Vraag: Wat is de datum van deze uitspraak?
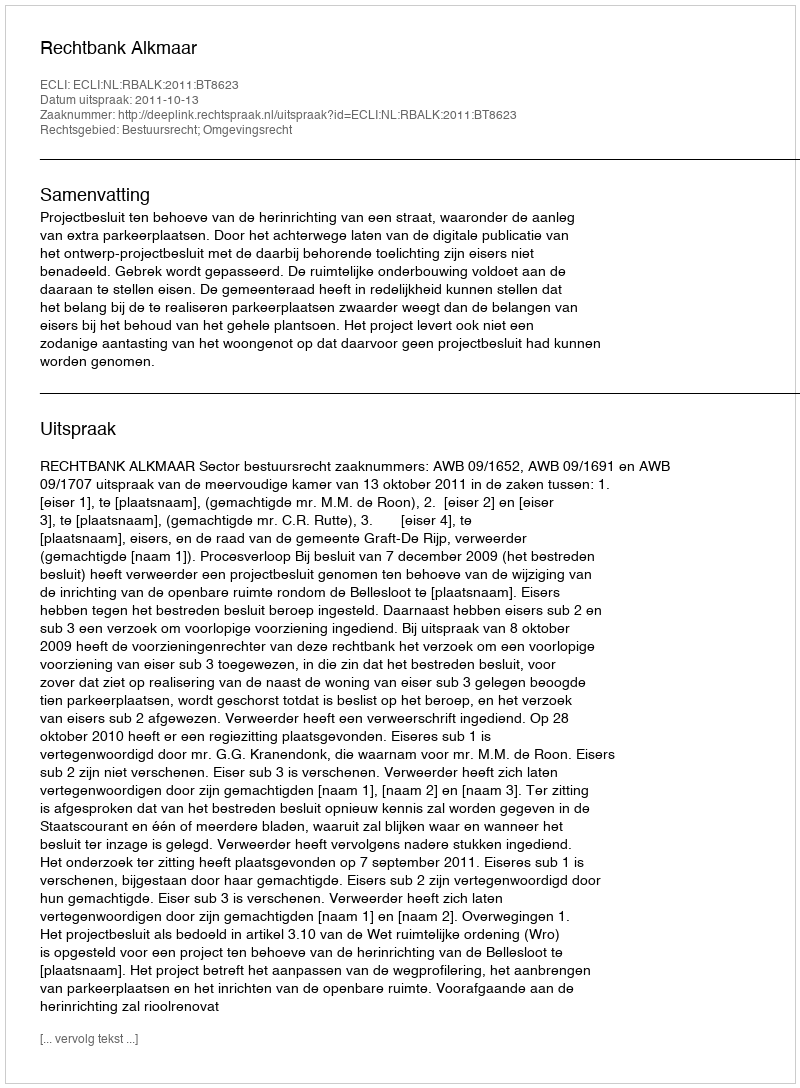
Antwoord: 2011-10-13